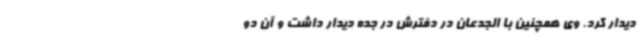
دیدار کرد. وی همچنین با الجدعان در دفترش در جده دیدار داشت و آن دو